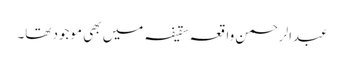
عبدالرحمن واقعہ سقیفہ میں بھی موجود تھا۔